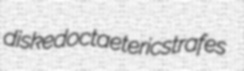
disked octaeteric strafes